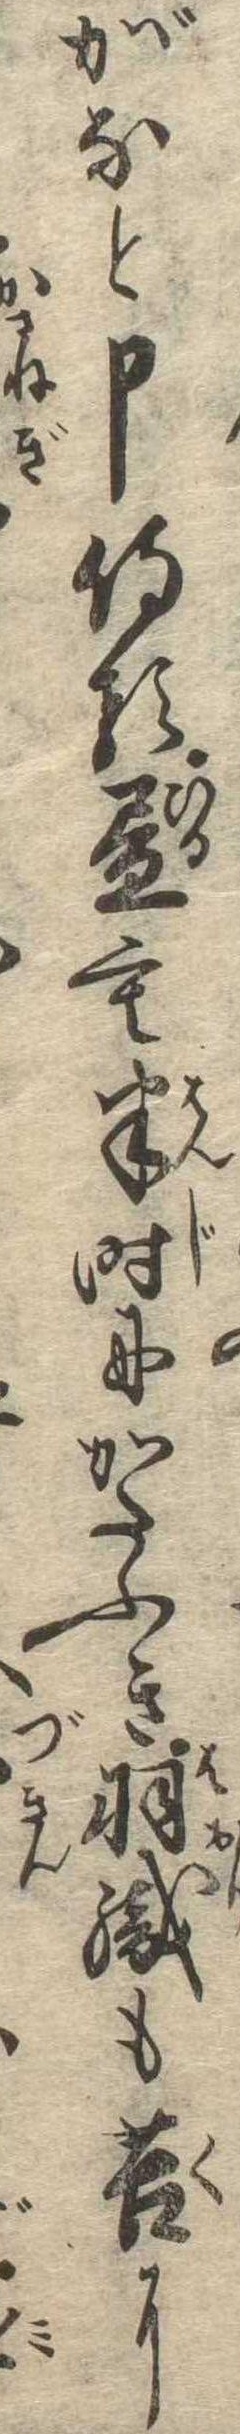
がなと申侍る昼も半時にかたふき羽織も苦に